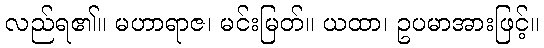
လည်ရ၏။ မဟာရာဇ၊ မင်းမြတ်။ ယထာ၊ ဥပမာအားဖြင့်။